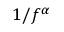
1 / f ^ { \alpha }